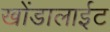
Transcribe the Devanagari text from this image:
खोंडालाईट